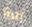
إليزا